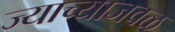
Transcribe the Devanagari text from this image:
ज्याच्याजवळ